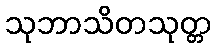
သုဘာသိတသုတ္တ